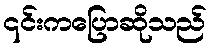
၎င်းကပြောဆိုသည်